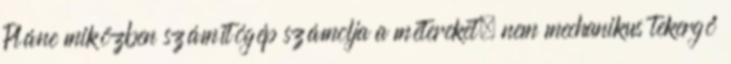
Pláne miközben számítógép számolja a métereket, nem mechanikus tekergő